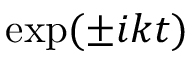
\mathrm { e x p } ( \pm i k t )